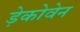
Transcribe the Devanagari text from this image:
ड़ेकोवेन